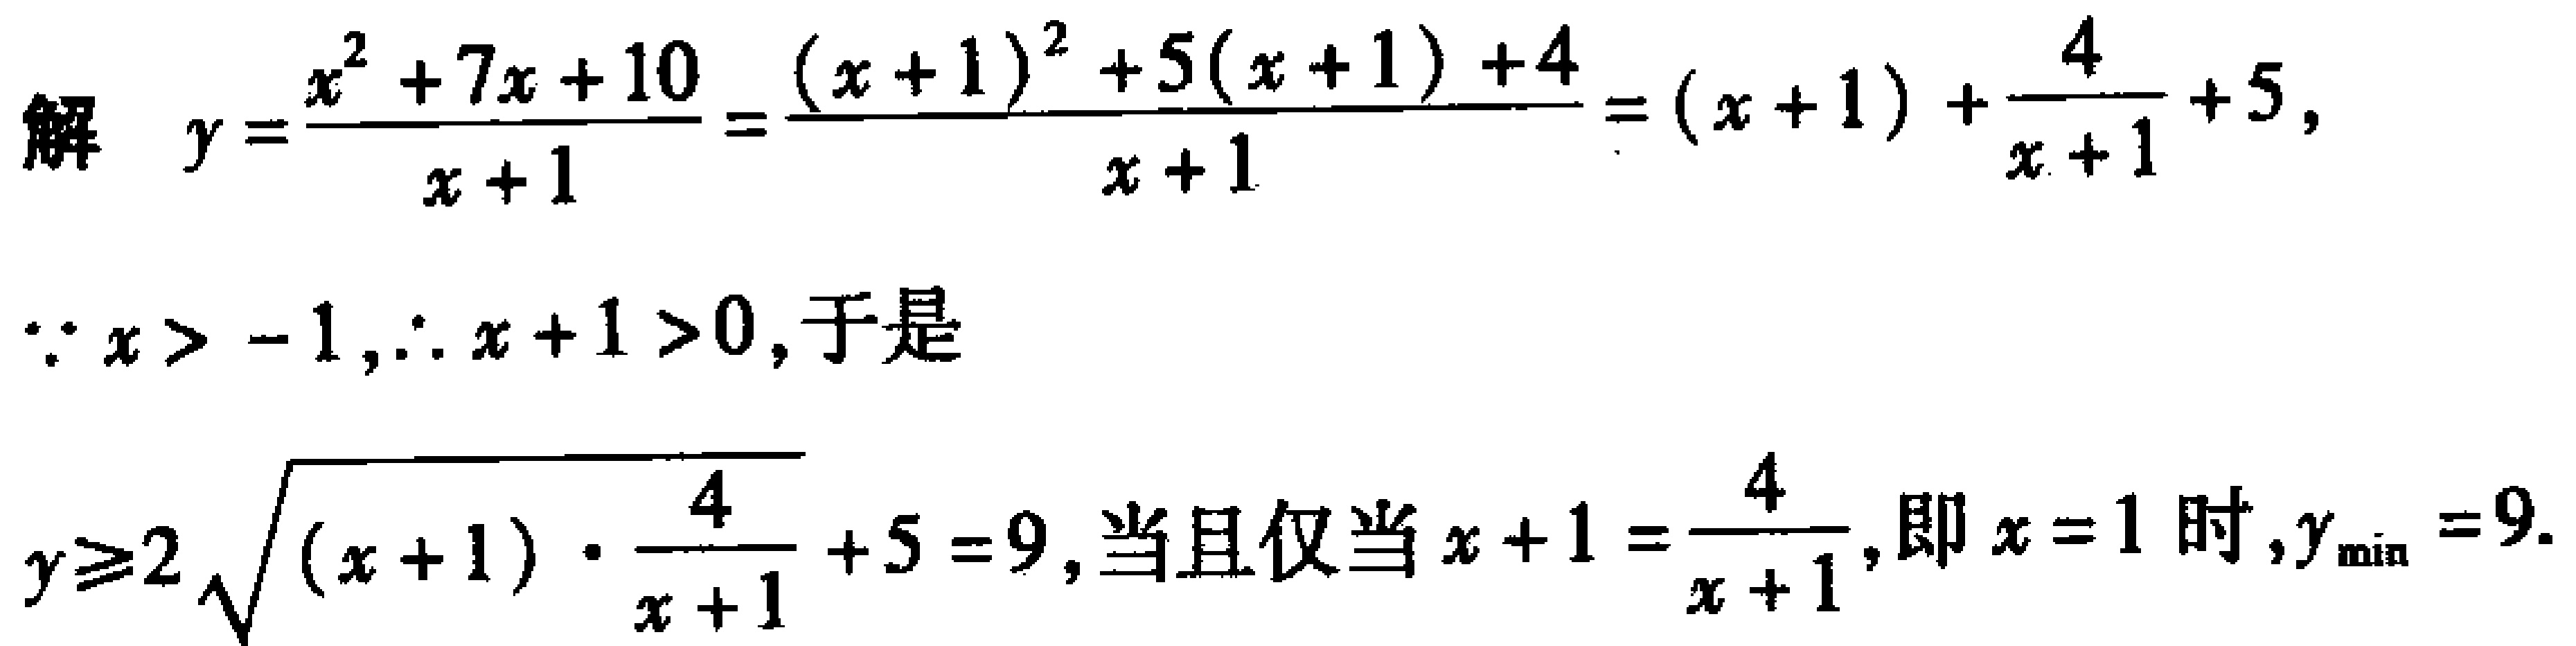
解 \(y = \frac{x^{2}+7x + 10}{x + 1}=\frac{(x + 1)^{2}+5(x + 1)+4}{x + 1}=(x + 1)+\frac{4}{x + 1}+5\)，

\(\because x>-1,\therefore x + 1>0\)，于是

\(y\geqslant2\sqrt{(x + 1)\cdot\frac{4}{x + 1}}+5 = 9\)，当且仅当\(x + 1=\frac{4}{x + 1}\)，即\(x = 1\)时，\(y_{\min}=9\).